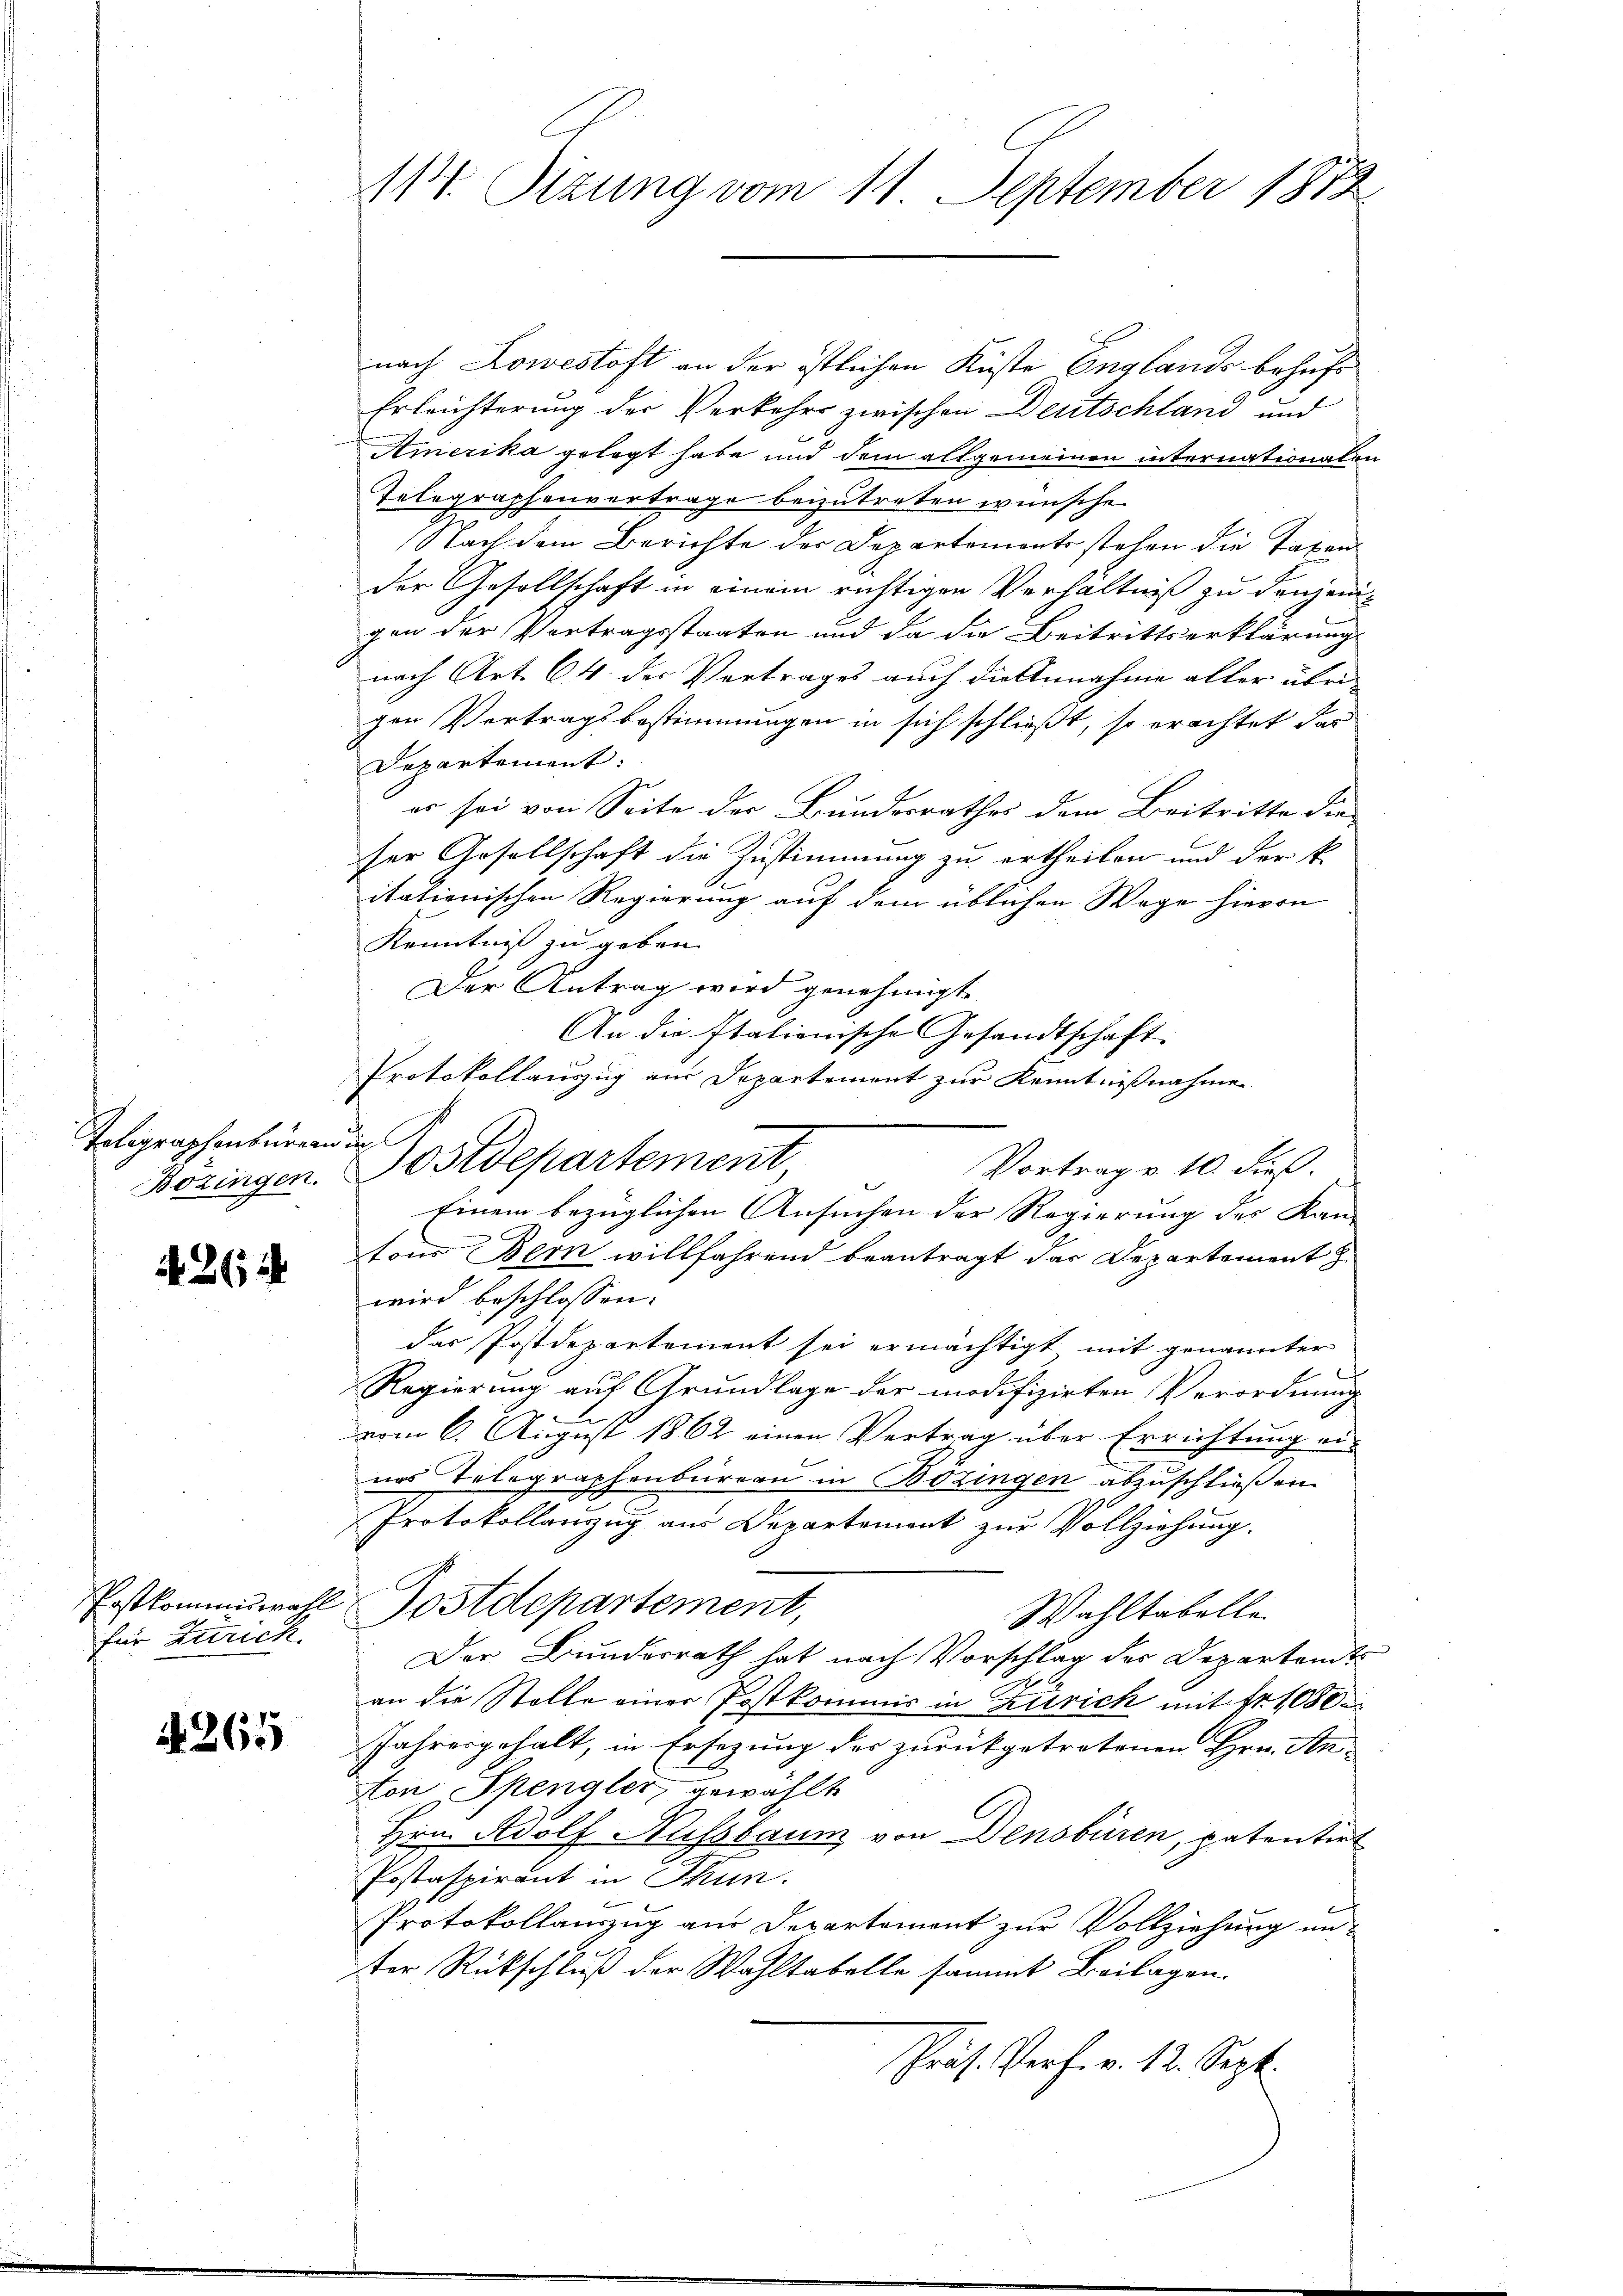
Toligraphenbureau in

A. 262

für Zürich.

N 265

nach Lowestoft an der östlichen Küste Englands behufs
Erleichterung der Verkehrs zwischen Deutschland und
Amerika gelegt habe und dem allgemeinen internationalen
Telegraphenvertrage beizutreten wünsche.
Nach dem Berichte der Departements stehen die Taxen
der Gesellschaft in einem richtigen Verhältniß zu denjenigen der Vertragsstaaten und da die Beitrittserklärung
nach Art. 64 des Vertrages auch diesennahme aller übrigen Vertragsbestimmungen in sich schließt, so erachtet das
Departement:
er sei von Seite der Bundesrathes dem Beitritte die
ser Gesellschaft die Zustimmung zu ertheilen und der k.
itationischen Regierung auf dem üblichen Wage hievon
Kenntniß zu geben.
Der Antrag wird genehmigt
An die stationische Gesandtschaft
Protokollauszug aus Departement zur Kenntnißnahmen
Vortrag v. 10. dieß.
Bozingen. Postdepartement
Einem bezüglichen Ansuchen der Regierung des Kan-
tons Bern willfahrend beantragt das Departement
wird beschlossen:
das Postdepartement sei ermächtigt mit genannter
Regierung auf Grundlage der modifizirten Verordnung
vom 6. August 1862 einen Vertrag über Errichtung einas Telegraphenbureau in Bozingen abzuschließen.
Protokollanzug aus Departement zur Vollziehung.
Postkommiswahl Postdepartement,
Wahltabelle
Der Bundesrath hat nach Vorschlag des Departants
an die Stelle einer Postkommis in Zürich mit Nr. 1080
Jahresgehalt, in Ersezung des zurückgetretenen Hrn. An-
Hon Spengler, gewählt
Hrn. Adolf Nussbaum von Densbüren, patentirt
Postaspirant in Thun.
Protokollauszug aus Departement zur Vollziehung unter Rückschluß der Wahltabelle sammt Beilagen.
Präs. Verf. v. 12. Sept.

11. Situng vom 11. September 1872